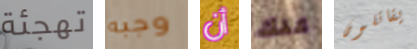
تهجئة وجبه أن عنك يقاتلون